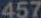
457